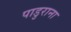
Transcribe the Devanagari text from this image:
पाडुराना